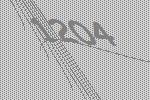
1204